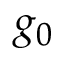
g _ { 0 }